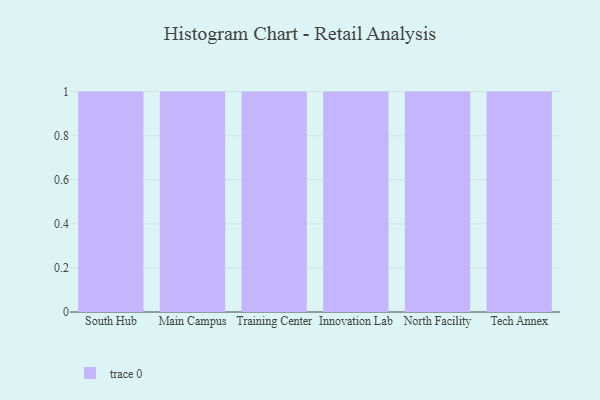
{"axis": {"x": "Campus", "y": "Latency (ms)"}, "legend": [""], "data": [{"x": "South Hub", "y": 100, "type": ""}, {"x": "Main Campus", "y": 17, "type": ""}, {"x": "Training Center", "y": 6, "type": ""}, {"x": "Innovation Lab", "y": 50, "type": ""}, {"x": "North Facility", "y": 93, "type": ""}, {"x": "Tech Annex", "y": 28, "type": ""}]}